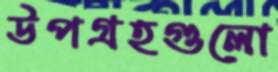
উপগ্রহগুলো